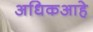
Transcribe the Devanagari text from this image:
अधिकआहे